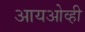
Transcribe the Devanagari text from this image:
आयओव्ही